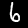
Label: 6